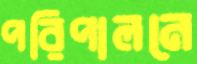
পরিপালনে